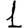
Digit: 1